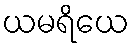
ယမရိယေ